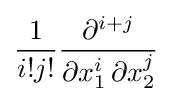
{\frac {1}{i!j!}}{\frac {\partial ^{i+j}}{\partial x_{1}^{i}\,\partial x_{2}^{j}}}